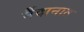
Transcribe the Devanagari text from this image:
र्मैदानात